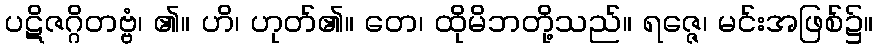
ပဋိဇဂ္ဂိတဗ္ဗံ၊ ၏။ ဟိ၊ ဟုတ်၏။ တေ၊ ထိုမိဘတို့သည်။ ရဇ္ဇေ၊ မင်းအဖြစ်၌။